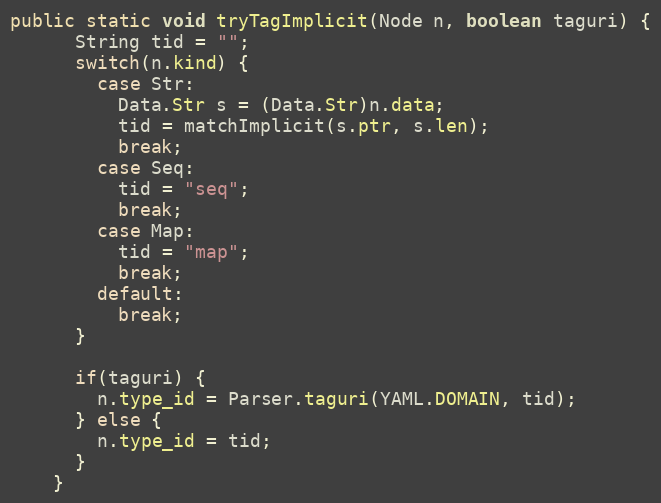
Language: Java
public static void tryTagImplicit(Node n, boolean taguri) {
      String tid = "";
      switch(n.kind) {
        case Str:
          Data.Str s = (Data.Str)n.data;
          tid = matchImplicit(s.ptr, s.len);
          break;
        case Seq:
          tid = "seq";
          break;
        case Map:
          tid = "map";
          break;
        default:
          break;
      }

      if(taguri) {
        n.type_id = Parser.taguri(YAML.DOMAIN, tid);
      } else {
        n.type_id = tid;
      }
    }